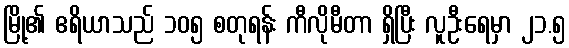
မြို့၏ ဧရိယာသည် ၁၀၅ စတုရန်း ကီလိုမီတာ ရှိပြီး လူဦးရေမှာ ၂၁.၅